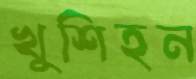
খুশিহন